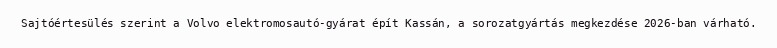
Sajtóértesülés szerint a Volvo elektromosautó-gyárat épít Kassán, a sorozatgyártás megkezdése 2026-ban várható.